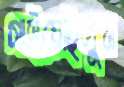
গাইয়েছিলুম